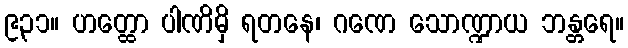
၉၃၁။ ဟတ္ထော ပါဏိမှိ ရတနေ၊ ဂဏေ သောဏ္ဍာယ ဘန္တရေ။